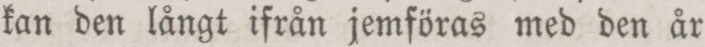
kan den långt ifrån jemföras med den år